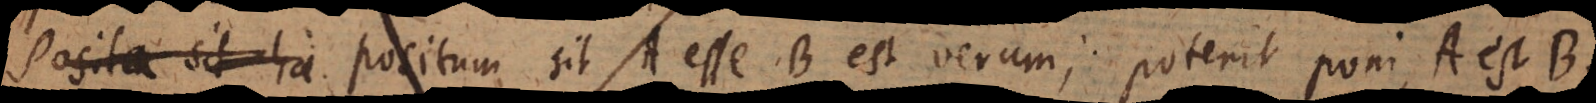
Veluti si erg. positum sit A esse B est verum; poterit poni, A est B.